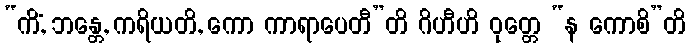
“ကိံ, ဘန္တေ, ကရိယတိ, ကော ကာရာပေတီ”တိ ဂိဟီဟိ ဝုတ္တေ “န ကောစိ”တိ